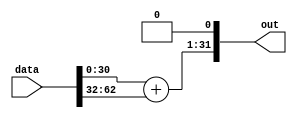
// Copyright 2021 Google LLC
//
// Licensed under the Apache License, Version 2.0 (the "License");
// you may not use this file except in compliance with the License.
// You may obtain a copy of the License at
//
//      http://www.apache.org/licenses/LICENSE-2.0
//
// Unless required by applicable law or agreed to in writing, software
// distributed under the License is distributed on an "AS IS" BASIS,
// WITHOUT WARRANTIES OR CONDITIONS OF ANY KIND, either express or implied.
// See the License for the specific language governing permissions and
// limitations under the License.
module DoubleSimpleArray(
  input wire [63:0] data,
  output wire [31:0] out
);
  wire [31:0] data_unflattened[0:1];
  assign data_unflattened[0] = data[31:0];
  assign data_unflattened[1] = data[63:32];
  wire [31:0] tuple_index_210;
  wire [31:0] tuple_index_211;
  wire [30:0] add_214;
  assign tuple_index_210 = data_unflattened[1'h0][31:0];
  assign tuple_index_211 = data_unflattened[1'h1][31:0];
  assign add_214 = tuple_index_210[30:0] + tuple_index_211[30:0];
  assign out = {{add_214, 1'h0}};
endmodule